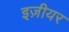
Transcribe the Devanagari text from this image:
इज़ीयर